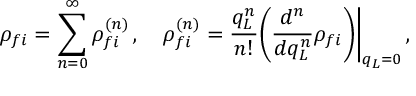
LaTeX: \rho _ { f i } = \sum _ { n = 0 } ^ { \infty } \rho _ { f i } ^ { ( n ) } \, , \quad \rho _ { f i } ^ { ( n ) } = \frac { q _ { L } ^ { n } } { n ! } \biggl ( \frac { d ^ { n } } { d q _ { L } ^ { n } } \rho _ { f i } \biggl ) \biggl \vert _ { q _ { L } = 0 } \, ,